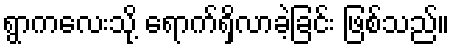
ရွာကလေးသို့ ရောက်ရှိလာခဲ့ခြင်း ဖြစ်သည်။